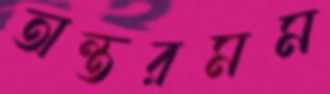
অন্তরমম